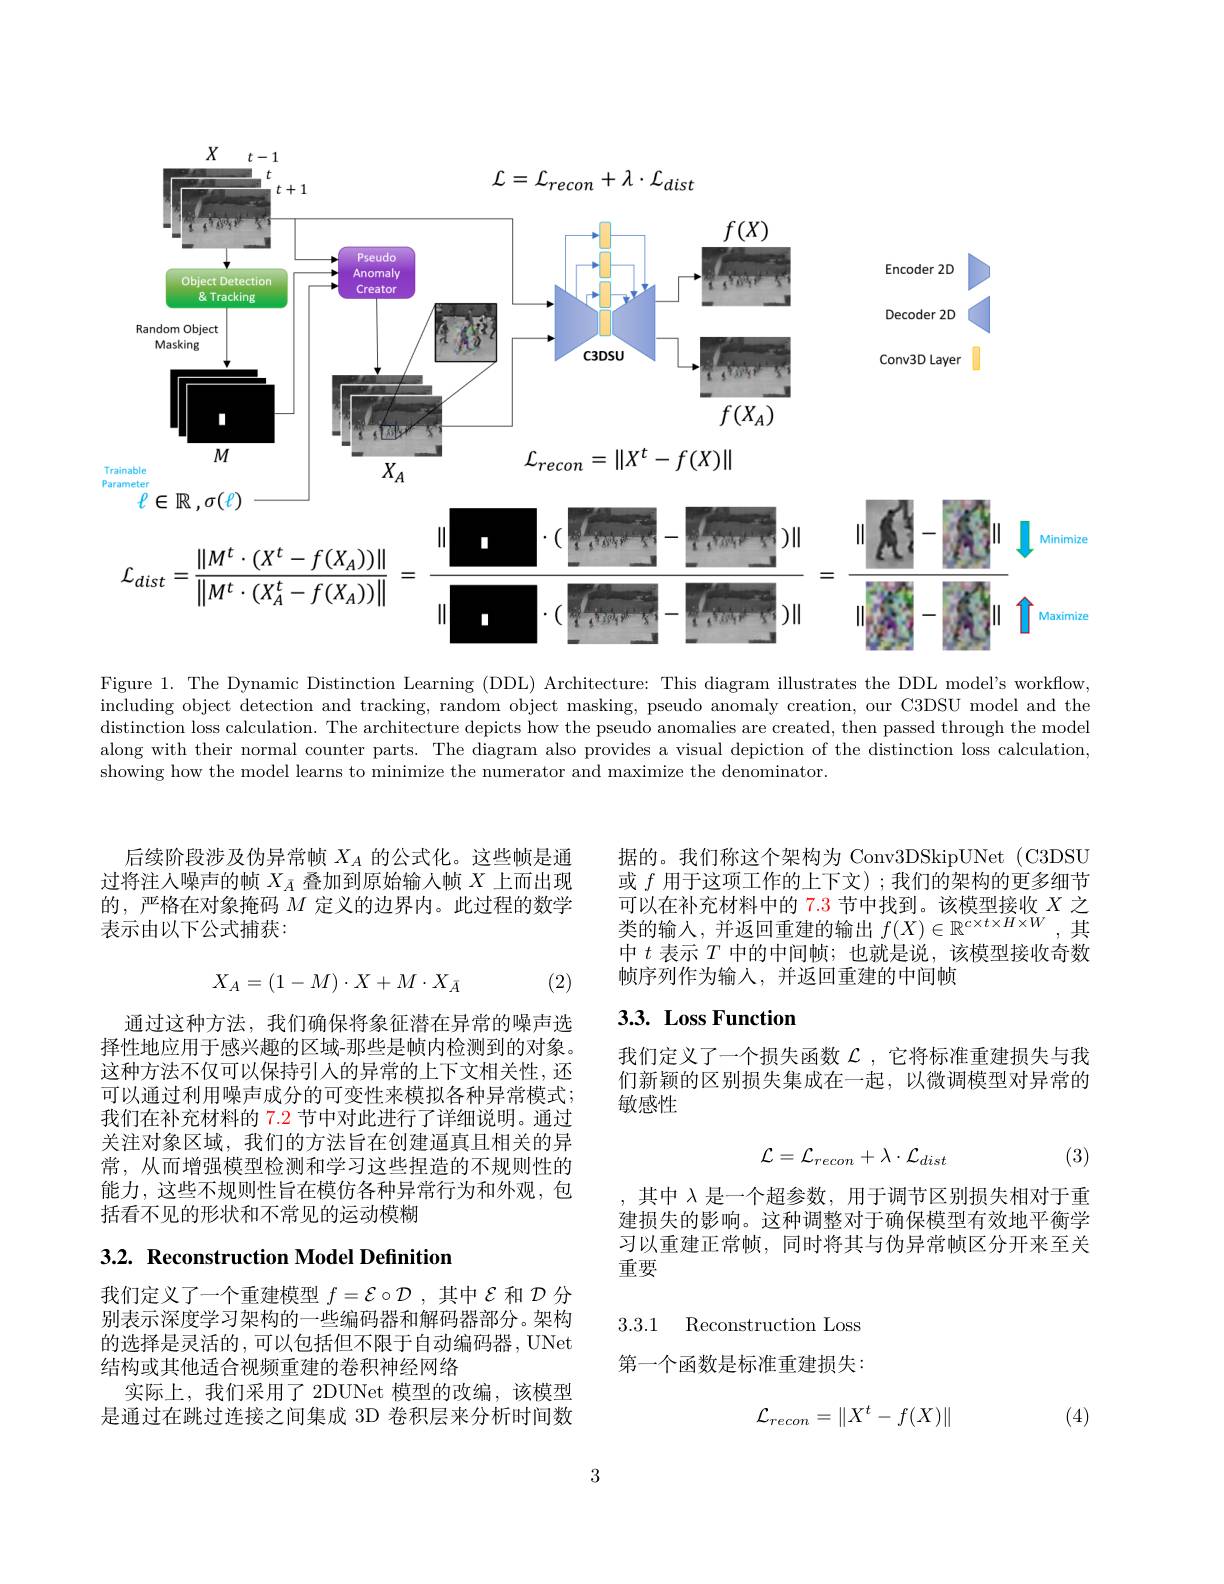
<FigureHere>
Figure 1. The Dynamic Distinction Learning (DDL) Architecture: This

including object detection and tracking, random object masking, pseu distinction loss calculation. The architecture depicts how the pseudo anomalies are created, then passed through the model along with their normal counter parts. The diagram also provides a visual depiction of the distinction loss calculation, showing how the model learns to minimize the numerator and maximize the denominator.

后续阶段涉及伪异常帧$X_A$的公式化。这些帧是通过将注人噪声的帧$X_{\bar{A}}$叠加到原始输入帧$X$上而出现的，严格在对象掩码$M$定义的边界内。此过程的数学表示由以下公式捕获：
$$X_A=(1-M)\cdot X+M\cdot X_{\bar A}$$
(2)

通过这种方法，我们确保将象征潜在异常的噪声选择性地应用于感兴趣的区域-那些是帧内检测到的对象。这种方法不仅可以保持引入的异常的上下文相关性，还可以通过利用噪声成分的可变性来模拟各种异常模式； 我们在补充材料的 7.2 节中对此进行了详细说明。通过关注对象区域，我们的方法旨在创建逼真且相关的异常，从而增强模型检测和学习这些捏造的不规则性的能力，这些不规则性旨在模仿各种异常行为和外观，包括看不见的形状和不常见的运动模糊

# 3.2. Reconstruction Model Definition

我们定义了一个重建模型$f=\mathcal{E}\circ\mathcal{D}$,其中$\mathcal{E}$和$\mathcal{D}$分别表示深度学习架构的一些编码器和解码器部分。架构的选择是灵活的，可以包括但不限于自动编码器，UNet 结构或其他适合视频重建的卷积神经网络
实际上，我们采用了 2DUNet 模型的改编，该模型是通过在跳过连接之间集成 3D 卷积层来分析时间数

据的。我们称这个架构为 Conv3DSkipUNet (C3DSU 或$f$用于这项工作的上下文);我们的架构的更多细节可 以 在 补 充 材 料 中 的 7. 3 节 中 找 到 。该 模 型 接 收 $X$ 之 类 的 输 入 , 并 返 回 重 建 的 输 出 $f( X) \in \mathbb{R} ^{c\times t\times H\times W}$,其中$t$表示$T$中的中间帧；也就是说，该模型接收奇数帧序列作为输入，并返回重建的中间帧

# 3.3. Loss Function

我们定义了一个损失函数$\mathcal{L}$ ,它将标准重建损失与我们新颖的区别损失集成在一起，以微调模型对异常的敏感性
$$\mathcal{L}=\mathcal{L}_{recon}+\lambda\cdot\mathcal{L}_{dist}$$
(3)

,其中$\lambda$是一个超参数，用于调节区别损失相对于重建损失的影响。这种调整对于确保模型有效地平衡学习以重建正常帧，同时将其与伪异常帧区分开来至关重要

3.3.1 Reconstruction Loss

第一个函数是标准重建损失：
$$\mathcal{L}_{recon}=\begin{Vmatrix}X^t-f(X)\end{Vmatrix}$$
(4)

3